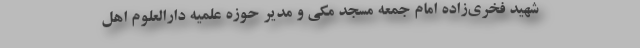
شهید فخری‌زاده امام جمعه مسجد مکی و مدیر حوزه علمیه دارالعلوم اهل